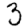
Digit: 3